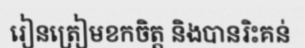
រៀនត្រៀមខកចិត្ត និងបានរិះគន់